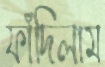
ফাঁদিলাম